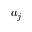
a _ { j }